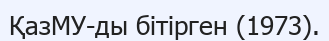
ҚазМУ-ды бітірген (1973).